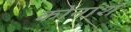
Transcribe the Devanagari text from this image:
कोनांश